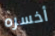
أخسره